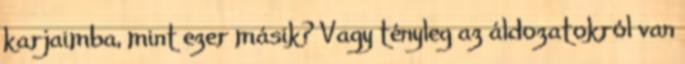
karjaimba, mint ezer másik? Vagy tényleg az áldozatokról van